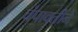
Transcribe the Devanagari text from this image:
चंपावतीने